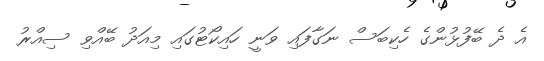
އެ ދެ ބޭފުޅުންގެ ހެކިބަސް ނަގާފައި ވަނީ ހައިކޯޓުގައި މިއަދު ބޭއްވި ސިއްރު